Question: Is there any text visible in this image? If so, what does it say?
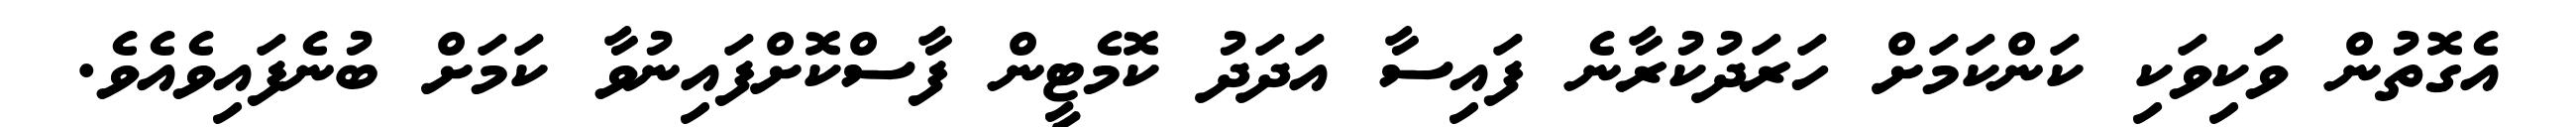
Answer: އެގޮތުން ވަކިވަކި ކަންކަމަށް ހަރަދުކުރާނެ ފައިސާ އަދަދު ކޮމެޓީން ފާސްކޮށްފައިނުވާ ކަމަށް ބުނެފައިވެއެވެ.